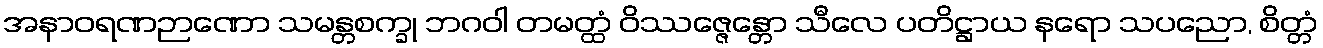
အနာဝရဏဉာဏော သမန္တစက္ခု ဘဂဝါ တမတ္ထံ ဝိဿဇ္ဇေန္တော သီလေ ပတိဋ္ဌာယ နရော သပညော, စိတ္တံ